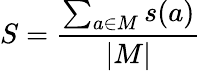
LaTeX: S=\frac{\sum_{a\in M}s(a)}{|M|}